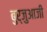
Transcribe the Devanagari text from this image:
बुर्जुआजी